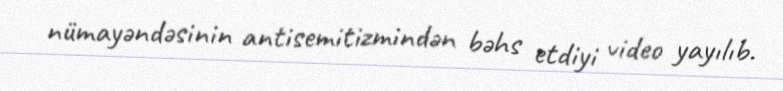
nümayəndəsinin antisemitizmindən bəhs etdiyi video yayılıb.